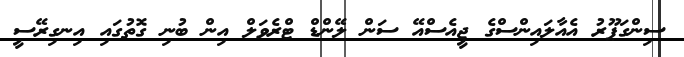
ސިންގަޕޫރު އެއާލައިންސްގެ ޖީއެސްއޭ ސަން ލޭންޑް ޓްރެވަލް އިން ބުނި ގޮތުގައި އިނގިރޭސީ